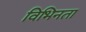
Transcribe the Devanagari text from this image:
विभिनता